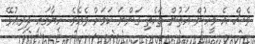
ވެސް އެ މީހުން އަތުން ތަކެތި ގަންނަ ކަމަށް ވެއެވެ. ހިޔާގައި ދިރިއުޅޭ